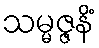
သမ္မဇ္ဇနိံ